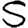
Digit: 5